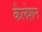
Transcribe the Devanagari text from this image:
कैलेशन